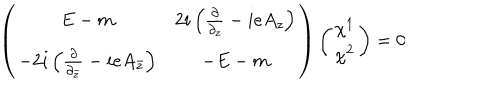
LaTeX: \left( \begin{array} { c c } { { E - m } } & { { 2 i \left( \frac { \partial } { \partial _ { z } } - i e A _ { z } \right) } } \\ { { - 2 i \left( \frac { \partial } { \partial _ { \bar { z } } } - i e A _ { \bar { z } } \right) } } & { { - E - m } } \\ \end{array} \right) \left( \begin{array} { c } { { \chi ^ { 1 } } } \\ { { \chi ^ { 2 } } } \\ \end{array} \right) = 0